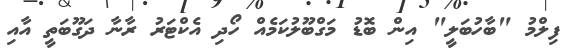
ފިލްމު "ބާހުބަލީ" އިން ބޮޑު މަގްބޫލުކަމެއް ހޯދި އެކްޓަރު ރާނާ ދަގޫބަތީ އާއި